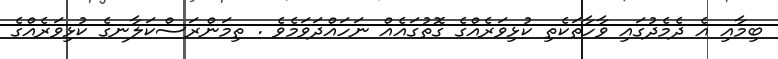
ބިމާއި އެ ދެމެދުގައި ވާހާތަކެތި ކުޅިވަރެއްގެ ގޮތުގައެއް ނަހައްދަވަމެވެ . ތިމަންރަސްކަލާނގެ ކުޅިވަރެއްގެ